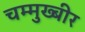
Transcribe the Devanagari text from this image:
चम्मुख्बीर